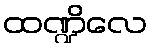
ထဏ္ဍိလေ